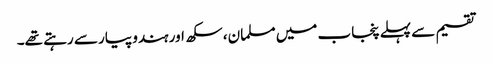
تقسیم سے پہلے پنجاب میں مسلمان، سکھ اور ہندو پیار سے رہتے تھے۔